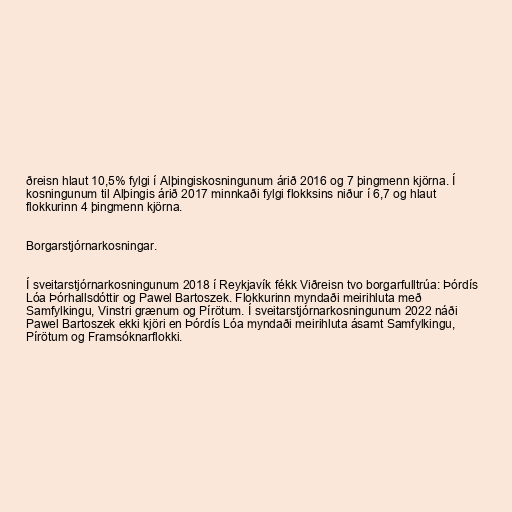
ðreisn hlaut 10,5% fylgi í Alþingiskosningunum árið 2016 og 7 þingmenn kjörna. Í
kosningunum til Alþingis árið 2017 minnkaði fylgi flokksins niður í 6,7 og hlaut
flokkurinn 4 þingmenn kjörna.

Borgarstjórnarkosningar.

Í sveitarstjórnarkosningunum 2018 í Reykjavík fékk Viðreisn tvo borgarfulltrúa: Þórdís
Lóa Þórhallsdóttir og Pawel Bartoszek. Flokkurinn myndaði meirihluta með
Samfylkingu, Vinstri grænum og Pírötum. Í sveitarstjórnarkosningunum 2022 náði
Pawel Bartoszek ekki kjöri en Þórdís Lóa myndaði meirihluta ásamt Samfylkingu,
Pírötum og Framsóknarflokki.